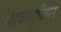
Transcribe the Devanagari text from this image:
शिवस्तुतिपर